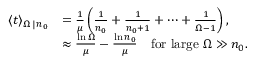
\begin{array} { r l } { \langle t \rangle _ { \Omega \, | \, n _ { 0 } } } & { = \frac { 1 } { \mu } \left( \frac { 1 } { n _ { 0 } } + \frac { 1 } { n _ { 0 } + 1 } + \cdots + \frac { 1 } { \Omega - 1 } \right) , } \\ & { \approx \frac { \ln \Omega } { \mu } - \frac { \ln n _ { 0 } } { \mu } \quad \mathrm { f o r ~ l a r g e ~ } \Omega \gg n _ { 0 } . } \end{array}